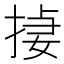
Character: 𪮄